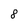
Character: 8